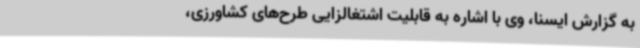
به گزارش ایسنا، وی با اشاره به قابلیت اشتغالزایی طرح‌های کشاورزی،